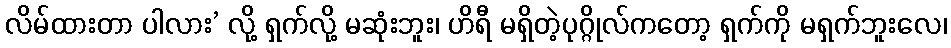
လိမ်ထားတာ ပါလား’ လို့ ရှက်လို့ မဆုံးဘူး၊ ဟိရီ မရှိတဲ့ပုဂ္ဂိုလ်ကတော့ ရှက်ကို မရှက်ဘူးလေ၊